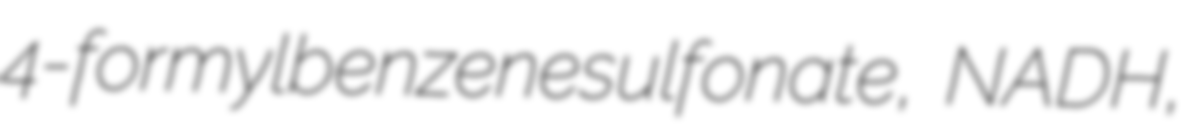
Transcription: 4-formylbenzenesulfonate, NADH,